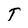
Character: T